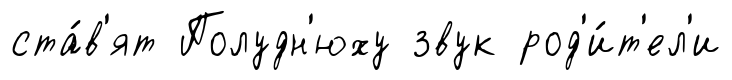
ста́в'ят Полудн'юху звук род'и́т'ел'и